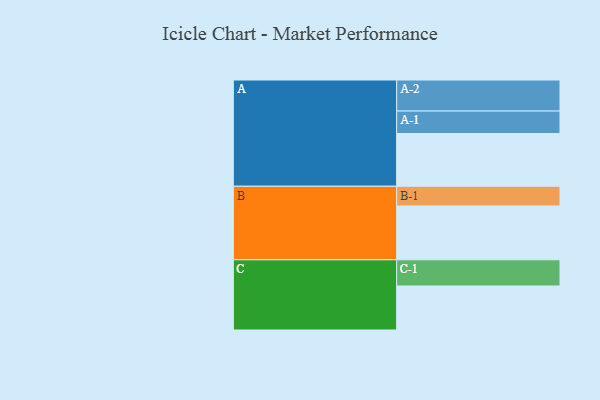
{"axis": {"x": "Segment", "y": "Value"}, "legend": ["", "A", "B", "C"], "data": [{"x": "A", "y": 443, "type": ""}, {"x": "B", "y": 452, "type": ""}, {"x": "C", "y": 370, "type": ""}, {"x": "A-1", "y": 189, "type": "A"}, {"x": "A-2", "y": 261, "type": "A"}, {"x": "B-1", "y": 166, "type": "B"}, {"x": "C-1", "y": 220, "type": "C"}]}